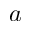
a